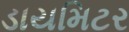
ડાયમિટર